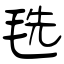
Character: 毨